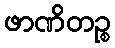
ဖာဏိတဉ္စ